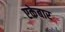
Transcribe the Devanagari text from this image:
एकेबार